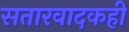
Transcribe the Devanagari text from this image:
सतारवादकही